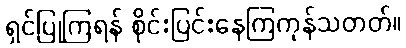
ရှင်ပြုကြရန် စိုင်းပြင်းနေကြကုန်သတတ်။